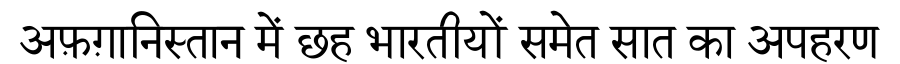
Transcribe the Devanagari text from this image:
अफ़ग़ानिस्तान में छह भारतीयों समेत सात का अपहरण